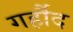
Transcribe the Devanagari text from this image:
गर्हौद